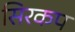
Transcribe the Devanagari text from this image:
सिरकप